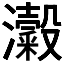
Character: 𭳜